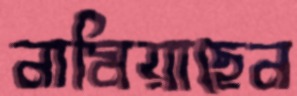
নামিয়াছেন